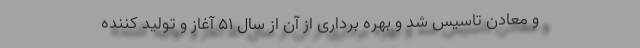
و معادن تاسیس شد و بهره برداری از آن از سال ۵۱ آغاز و تولید کننده